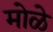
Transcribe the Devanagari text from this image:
मोळे